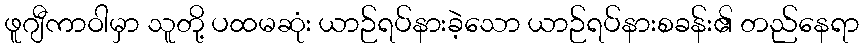
ဖူဂျီကာဝါမှာ သူတို့ ပထမဆုံး ယာဉ်ရပ်နားခဲ့သော ယာဉ်ရပ်နားစခန်း၏ တည်နေရာ